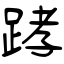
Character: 踍